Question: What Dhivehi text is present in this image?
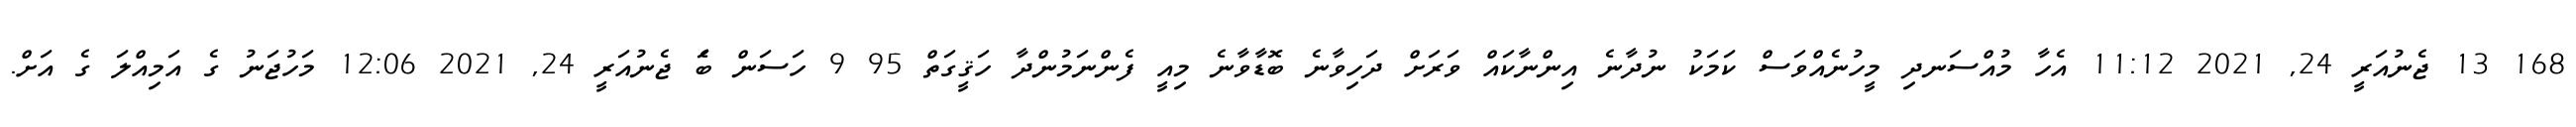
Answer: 168 13 ޖެނުއަރީ 24, 2021 11:12 އެހާ މުއްސަނދި މީހުނެއްވަސް ކަމަކު ނުދާނެ އިންނާކައް ވަރަށް ދަހިވާނެ ބޮޑާވާނެ މިއީ ފެންނަމުންދާ ހަޤީގަތް 95 9 ހަސަން ބަެ ޖެނުއަރީ 24, 2021 12:06 މަހުޖަނު ގެ އަމިއްލަ ގެ އަށް.